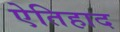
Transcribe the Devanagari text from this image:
ऐतिहाद